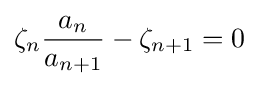
\zeta _{n}{\frac {a_{n}}{a_{n+1}}}-\zeta _{n+1}=0